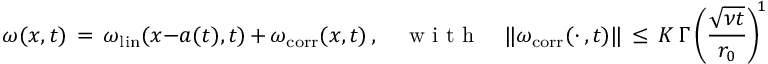
\omega ( x , t ) \, = \, \omega _ { \mathrm { l i n } } ( x - a ( t ) , t ) \, + \, \omega _ { \mathrm { c o r r } } ( x , t ) \, , \quad \mathrm { ~ w ~ i ~ t ~ h ~ } \quad \| \omega _ { \mathrm { c o r r } } ( \cdot \, , t ) \| \, \le \, K \, \Gamma \, \biggl ( \frac { \sqrt { \nu t } } { r _ { 0 } } \biggr ) ^ { \! 1 - 3 \sigma } \, ,